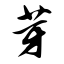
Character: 芽